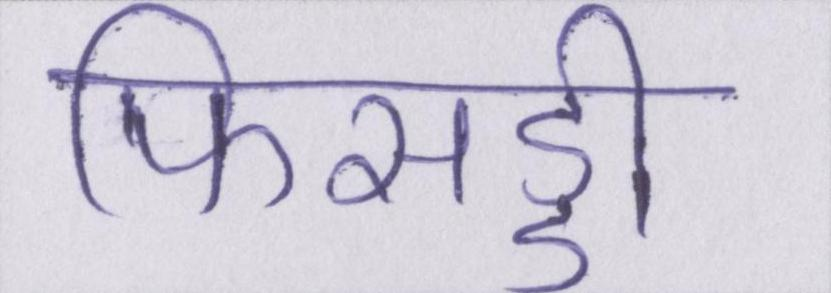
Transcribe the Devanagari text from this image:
फिसड्डी